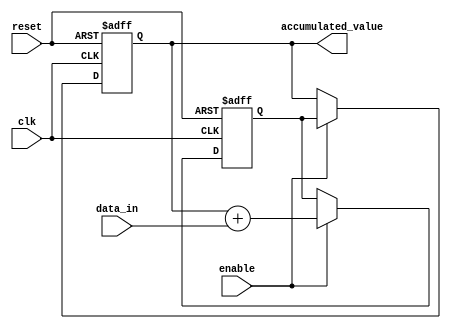
module ParallelAccumulator (
    input clk,
    input reset,
    input enable,
    input [7:0] data_in,
    output reg [15:0] accumulated_value
);

reg [15:0] temp_result;

always @(posedge clk or posedge reset) begin
    if (reset) begin
        accumulated_value <= 16'b0;
        temp_result <= 16'b0;
    end else if (enable) begin
        // Perform addition operation in each arithmetic block
        temp_result <= accumulated_value + data_in;
        accumulated_value <= temp_result;
    end
end

endmodule